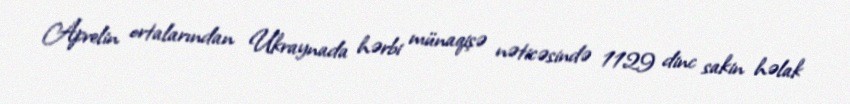
Aprelin ortalarından Ukraynada hərbi münaqişə nəticəsində 1129 dinc sakin həlak